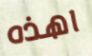
اهذه